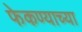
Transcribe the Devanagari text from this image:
फेकण्याच्या